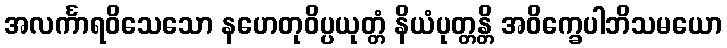
အလင်္ကာရဝိသေသော နဟေတုဝိပ္ပယုတ္တံ နိယံပုတ္တန္တိ အဝိက္ခေပါဘိသမယော